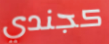
كجندي